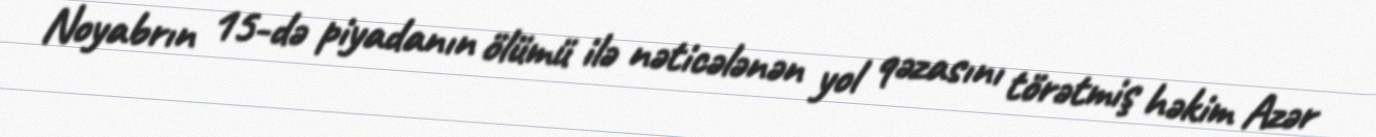
Noyabrın 15-də piyadanın ölümü ilə nəticələnən yol qəzasını törətmiş həkim Azər